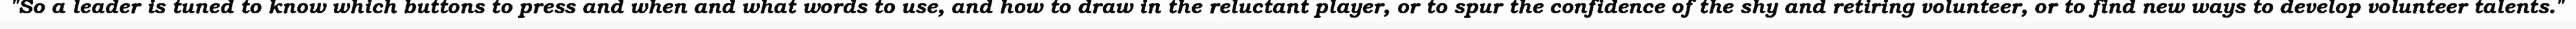
"So a leader is tuned to know which buttons to press and when and what words to use, and how to draw in the reluctant player, or to spur the confidence of the shy and retiring volunteer, or to find new ways to develop volunteer talents."